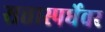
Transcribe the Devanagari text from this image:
सत्तास्पर्धेवर